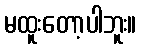
မထူးတော့ပါဘူး။